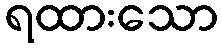
ရထားသော